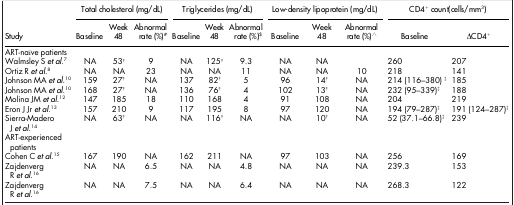
<table><thead><tr><td><b> </b></td><td colspan="3"><b>Total cholesterol (mg/dL)</b></td><td colspan="3"><b>Triglycerides (mg/dL)</b></td><td colspan="3"><b>Low-density lipoprotein (mg/dL)</b></td><td colspan="2"><b>CD4<sup>+</sup> count(cells/mm<sup>3</sup>)</b></td></tr><tr><td><b>Study</b></td><td><b>Baseline</b></td><td><b>Week 48</b></td><td><b>Abnormal rate (%)#</b></td><td><b>Baseline</b></td><td><b>Week 48</b></td><td><b>Abnormal rate (%)$</b></td><td><b>Baseline</b></td><td><b>Week 48</b></td><td><b>Abnormal rate (%)∧</b></td><td><b>Baseline</b></td><td><b>ΔCD4<sup>+</sup></b></td></tr></thead><tbody><tr><td>ART-naïve patients</td><td> </td><td> </td><td> </td><td> </td><td> </td><td> </td><td> </td><td> </td><td> </td><td> </td><td> </td></tr><tr><td>Walmsley S <i>et al</i>.7</td><td>NA</td><td>53†</td><td>9</td><td>NA</td><td>125†</td><td>9.3</td><td>NA</td><td>NA</td><td> </td><td>260</td><td>207</td></tr><tr><td>Ortiz R <i>et al</i>.8</td><td>NA</td><td>NA</td><td>23</td><td>NA</td><td>NA</td><td>11</td><td>NA</td><td>NA</td><td>10</td><td>218</td><td>141</td></tr><tr><td>Johnson MA <i>et al</i>.10</td><td>159</td><td>27†</td><td>NA</td><td>137</td><td>82†</td><td>5</td><td>96</td><td>14†</td><td>NA</td><td>214 (116–380) ‡</td><td>185</td></tr><tr><td>Johnson MA <i>et al</i>.10</td><td>168</td><td>27†</td><td>NA</td><td>136</td><td>76†</td><td>4</td><td>102</td><td>13†</td><td>NA</td><td>232 (95–339)‡</td><td>188</td></tr><tr><td>Molina JM <i>et al</i>.12</td><td>147</td><td>185</td><td>18</td><td>110</td><td>168</td><td>4</td><td>91</td><td>108</td><td>NA</td><td>204</td><td>219</td></tr><tr><td>Eron J Jr <i>et al</i>.13</td><td>157</td><td>210</td><td>9</td><td>117</td><td>195</td><td>8</td><td>97</td><td>120</td><td>NA</td><td>194 (79–287)‡</td><td>191 (124–287)‡</td></tr><tr><td>Sierra-Madero J <i>et al</i>.14</td><td>NA</td><td>63†</td><td>NA</td><td>NA</td><td>116†</td><td>NA</td><td>NA</td><td>10†</td><td>NA</td><td>52 (37.1–66.8)‡</td><td>239</td></tr><tr><td>ART-experienced patients</td><td> </td><td> </td><td> </td><td> </td><td> </td><td> </td><td> </td><td> </td><td> </td><td> </td><td> </td></tr><tr><td>Cohen C <i>et al</i>.15</td><td>167</td><td>190</td><td>NA</td><td>162</td><td>211</td><td>NA</td><td>97</td><td>103</td><td>NA</td><td>256</td><td>169</td></tr><tr><td>Zajdenverg R <i>et al</i>.16</td><td>NA</td><td>NA</td><td>6.5</td><td>NA</td><td>NA</td><td>4.8</td><td>NA</td><td>NA</td><td>NA</td><td>239.3</td><td>153</td></tr><tr><td>Zajdenverg R <i>et al</i>.16</td><td>NA</td><td>NA</td><td>7.5</td><td>NA</td><td>NA</td><td>6.4</td><td>NA</td><td>NA</td><td>NA</td><td>268.3</td><td>122</td></tr></tbody></table>